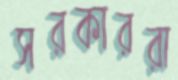
সরকাররা